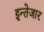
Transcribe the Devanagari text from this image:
इन्तेजार